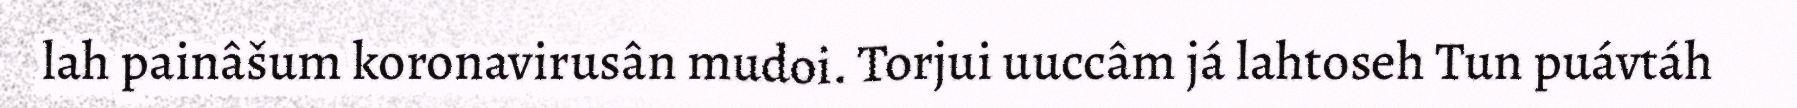
lah painâšum koronavirusân mudoi. Torjui uuccâm já lahtoseh Tun puávtáh